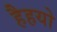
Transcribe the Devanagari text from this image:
हैहयो